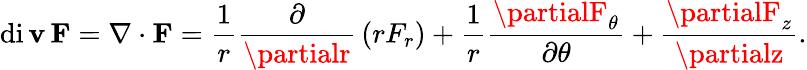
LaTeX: \operatorname{di\mathbf{v}}\mathbf{{F}}=\nabla\cdot\mathbf{{F}}={\frac{{1}}{{r}}}{\frac{{\partial}}{{\partialr}}}\left(rF_{r}\right)+{\frac{{1}}{{r}}}{\frac{{\partialF_{\theta}}}{{\partial\theta}}}+{\frac{{\partialF_{z}}}{{\partialz}}}.